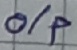
Text: o/p